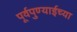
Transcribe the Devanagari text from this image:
पूर्वपुण्याईच्या